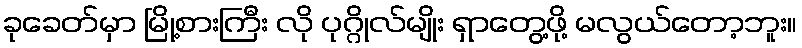
ခုခေတ်မှာ မြို့စားကြီး လို ပုဂ္ဂိုလ်မျိုး ရှာတွေ့ဖို့ မလွယ်တော့ဘူး။